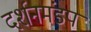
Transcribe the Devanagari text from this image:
दर्शनमंडप